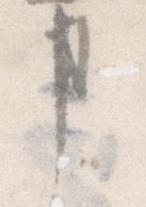
事